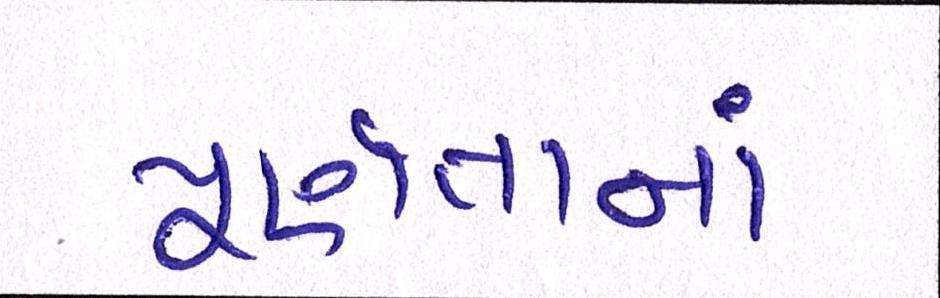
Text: પૂર્ણતાનાં